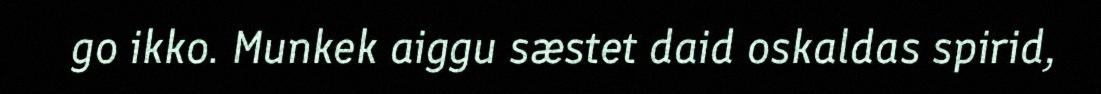
go ikko. Munkek aiggu sæstet daid oskaldas spirid,